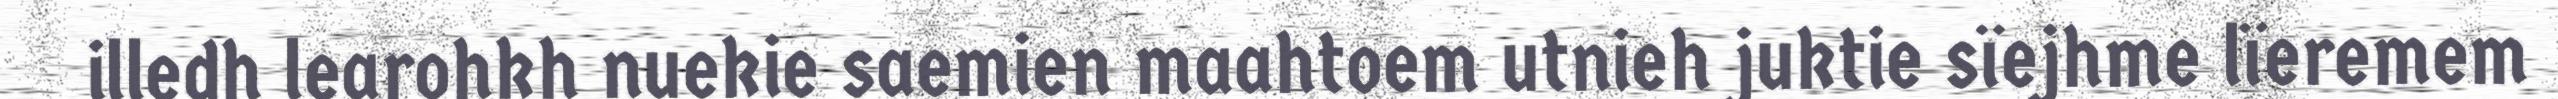
illedh learohkh nuekie saemien maahtoem utnieh juktie sïejhme lïeremem